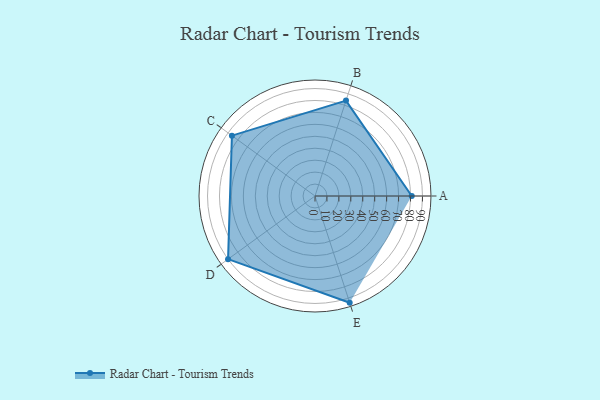
{"axis": {"x": "Skill", "y": "Score"}, "legend": ["Profile"], "data": [{"x": "A", "y": 81.0, "type": "Profile"}, {"x": "B", "y": 84.0, "type": "Profile"}, {"x": "C", "y": 86.0, "type": "Profile"}, {"x": "D", "y": 90.0, "type": "Profile"}, {"x": "E", "y": 94.0, "type": "Profile"}]}